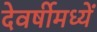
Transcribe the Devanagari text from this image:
देवर्षीमध्यें